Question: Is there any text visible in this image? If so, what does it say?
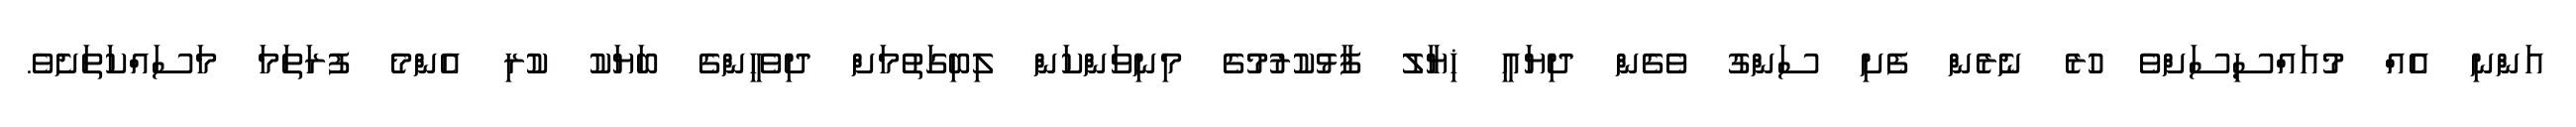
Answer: އަންނި އެއް މުއައްސިސަށްވެ ހުރެ ނެރެން ފެށި ސަންގު ވެގެން ދިޔައީ ޚިޔާލު ފާޅުކުރުމުގެ މިނިވަންކަން ލިބިގަތުމަށް ދިވެހީންގެ ބަޔަކު ކުރި އެންމެ ފުރަތަމަ މަސައްކަތަށެވެ.